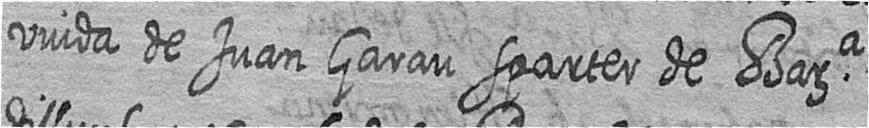
viuda de Juan Garau sparter de Bara